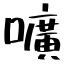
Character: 嚝